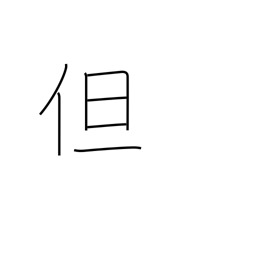
Meaning: but